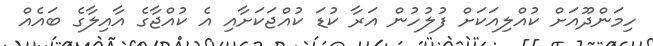
ހިމަންދޫއަށް ކުއްލިއަކަށް ފުލުހުން އަރާ ކުޑަ ކުއްޖަކަށާއި އެ ކުއްޖާގެ އާއިލާގެ ބައެއް